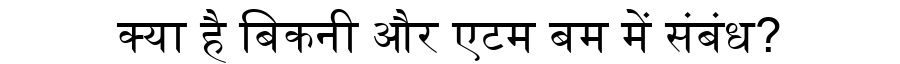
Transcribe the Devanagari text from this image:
क्या है बिकनी और एटम बम में संबंध?